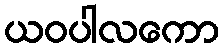
ယဝပါလကော